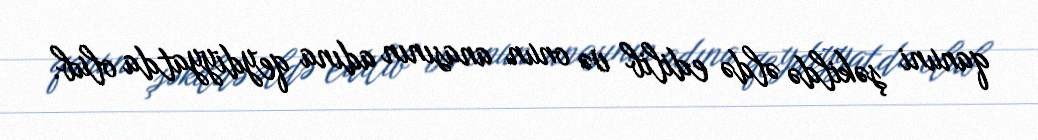
qanuni şəkildə əldə edilib və onun anasının adına qeydiyyatda olub.